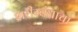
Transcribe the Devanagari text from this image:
शरीरबंधाचा